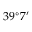
3 9 ^ { \circ } 7 ^ { \prime }